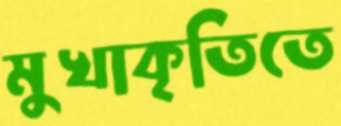
মুখাকৃতিতে